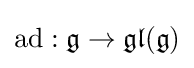
{\textrm {ad}}:{\mathfrak {g}}\to {\mathfrak {gl}}({\mathfrak {g}})